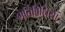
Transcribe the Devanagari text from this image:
गतिविधियां